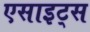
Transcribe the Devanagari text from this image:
एसाइट्स